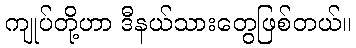
ကျုပ်တို့ဟာ ဒီနယ်သားတွေဖြစ်တယ်။